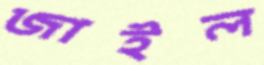
জাইল